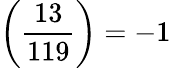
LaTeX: \left({\frac{13}{119}}\right)=-1